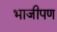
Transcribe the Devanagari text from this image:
भाजीपण